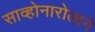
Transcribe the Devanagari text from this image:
साव्होनारोलाने